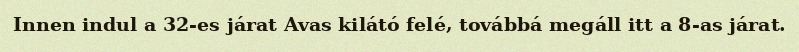
Innen indul a 32-es járat Avas kilátó felé, továbbá megáll itt a 8-as járat.